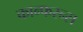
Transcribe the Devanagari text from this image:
कान्फरन्स